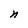
Character: n